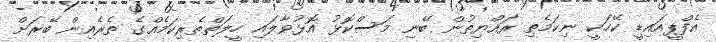
އެފްޕީއައިޑީ ކޭހަކީ ނިކަމެތި ރައްޔިތުން ބޭނި މަސްކޮޅު އޮޅުވާލައި ހީލަތްތެރިކަމެއްގެ ތެރެއިން ބޭރަށް